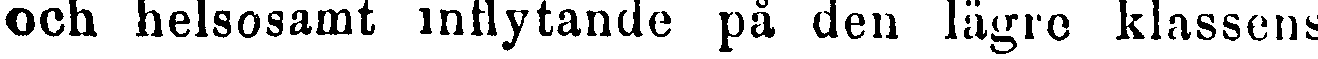
och helsosamt inflytande på den lägre klassens